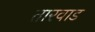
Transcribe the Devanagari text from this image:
तारवाड